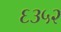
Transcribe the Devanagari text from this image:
६३५२